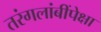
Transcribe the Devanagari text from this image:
तरंगलांबींपेक्षा